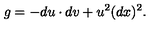
g = - d u \cdot d v + u ^ { 2 } ( d x ) ^ { 2 } .